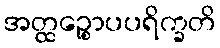
အတ္ထဉ္စောပပရိက္ခတိ